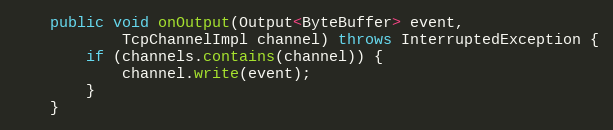
Language: Java
    public void onOutput(Output<ByteBuffer> event,
            TcpChannelImpl channel) throws InterruptedException {
        if (channels.contains(channel)) {
            channel.write(event);
        }
    }